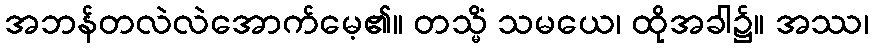
အဘန်တလဲလဲအောက်မေ့၏။ တသ္မိံ သမယေ၊ ထိုအခါ၌။ အဿ၊